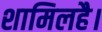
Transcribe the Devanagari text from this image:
शामिलहै।